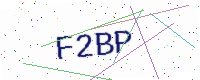
Text: F2BP